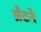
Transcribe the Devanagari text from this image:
ब्रँटने